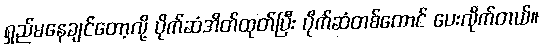
ရှည်မနေချင်တော့လို့ ပိုက်ဆံအိတ်ထုတ်ပြီး ပိုက်ဆံတစ်ထောင် ပေးလိုက်တယ်။